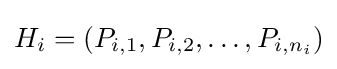
H_{i}=(P_{i,1},P_{i,2},\ldots ,P_{i,n_{i}})